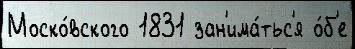
Моско́вского 1831 зан'има́тьс'я о́б'е